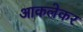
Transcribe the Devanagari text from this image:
आकलेकर